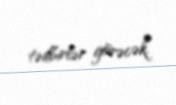
tədbirlər görəcək.